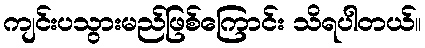
ကျင်းပသွားမည်ဖြစ်ကြောင်း သိရပါတယ်။